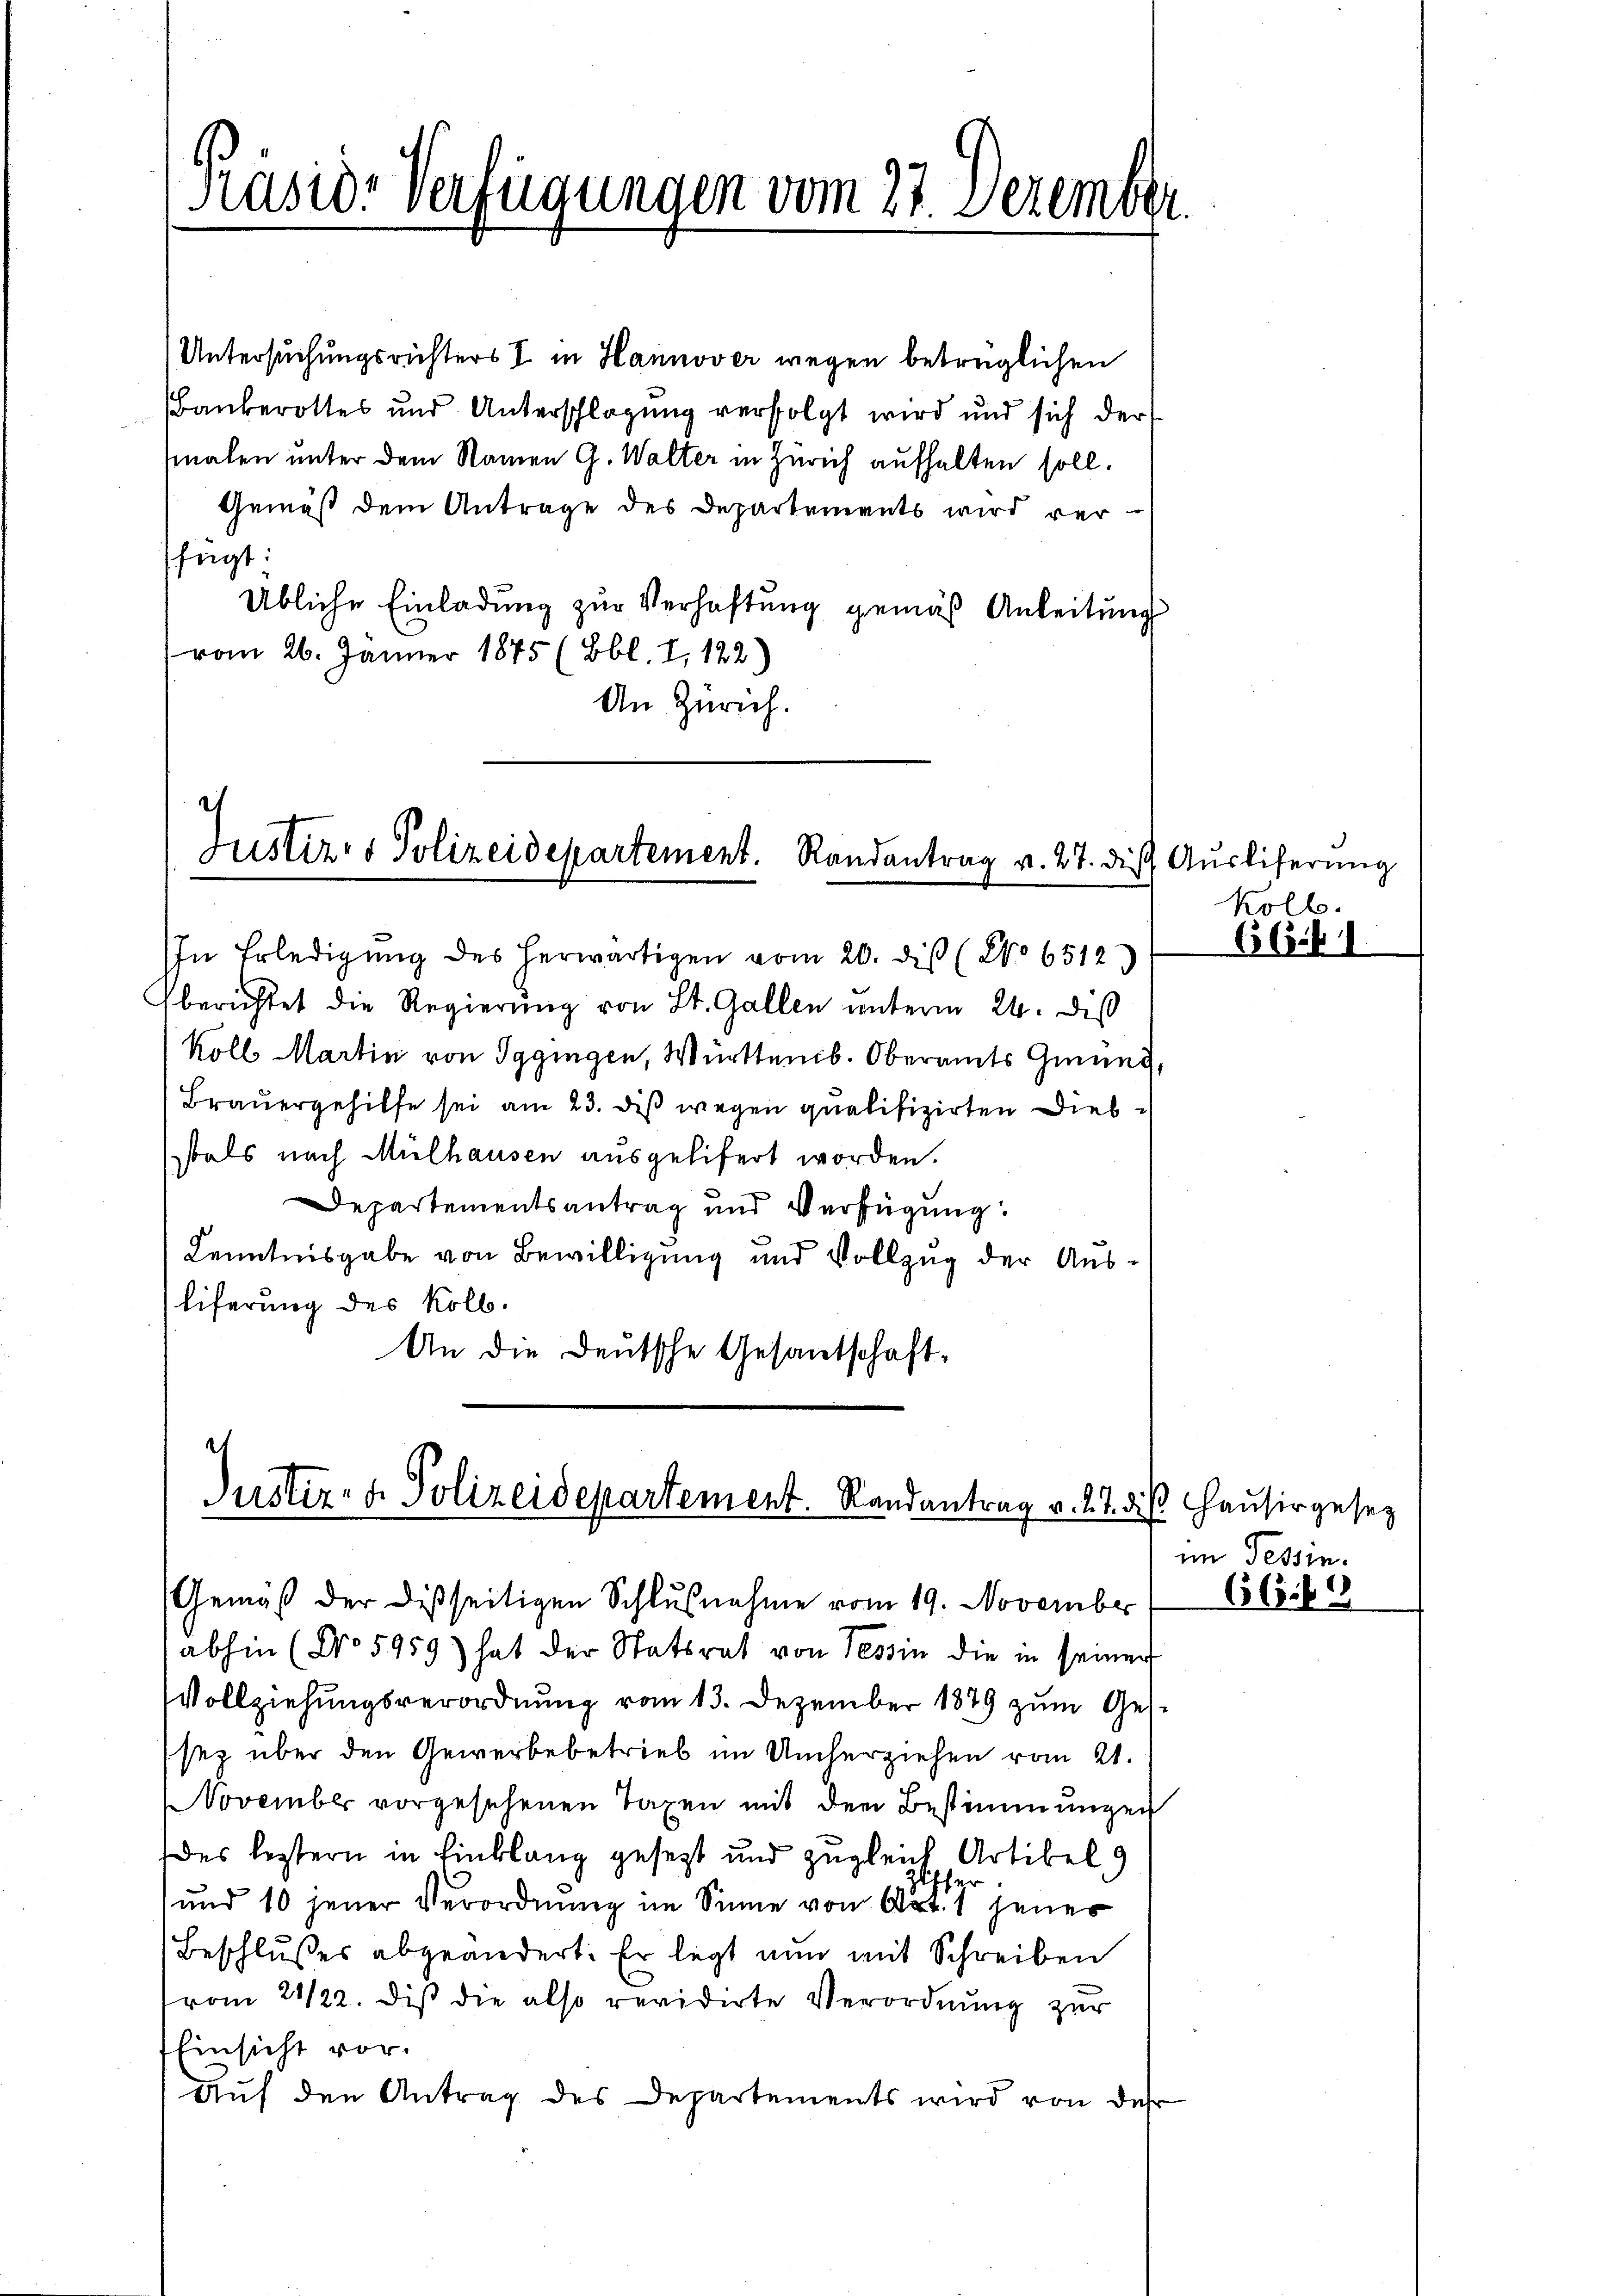
Präside Verfügungen vom 27. Dezem

Untersuchungsrichters I in Hannover wegen betrüglichen
Bankerottes und Unterschlagung verfolgt wird und sich der
malen unter dem Namen G. Walter in Zürich aufhalten soll.
Gemäß dem Antrage des Departements wird ver-
fügt:
Übliche Einladung zur Verhaftung gemäß Anleitung
vom 26. Jänner 1875 (Bbl. I, 122.)
An Zürich.

Justiz- & Polizeidepartement. Randantrag v. 27. dies

Justiz- & Polizeidepartement. Randantrag v. 27. diβ Haŭsirgesez

In Erledigŭng des herwärtigen vom 20. dis (No 6512)
berichtet die Regierung von St. Gallen unterm 24. diß
koll Martin von Gggingen, Württemb. Oberamts Gmund
Brauergehilfe sei am 23. diß wegen qualifizirten Diebstals nach Mülhausen ausgelifert worden.
Departementsantrag und Verfügung:
Kenntnisgabe von Bewilligung und Vollzug der Ausliferung des Kolb.
An die Deutsche Gesantschaft-

Gemäß der dießseitigen Schlŭβnahme vom 19. November
abhin (No 5959) hat der Statsrat von Tessin die in seiner
Vollziehungsverordnung vom 13. Dezember 1879 zum Gessez über den Gewerbebetrieb im Umherziehen vom 21.
November vorgesehenen Taxen mit den Bestimmungen
des leztern in Einklang gesetzt und zugleich Artikel 9
fher
und 10 jener Verordnung im Sinne von Art. 1 jener
Beschlußes abgeändert: Er legt nun mit Schreiben
vom 21/22. dis die also revidirte Verordnŭng zur
Einsicht vor.
Auf den Antrag des Departements wird von der

Auslieferung
Kolb.

66 b

im Tessin.

656. 69